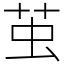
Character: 茧